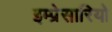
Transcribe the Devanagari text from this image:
इम्प्रेसारियो